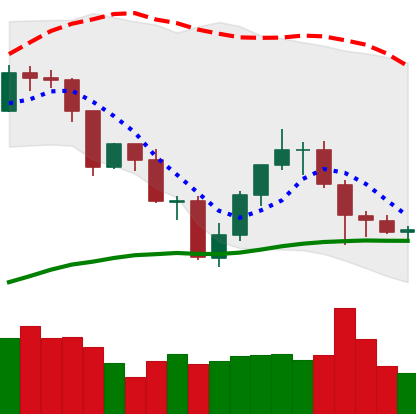
Ticker: TRX-USD
Chart end date: 2019-07-26
Forward return: -3.287%
Label: down_3_5